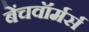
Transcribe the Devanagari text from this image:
बेंचवॉर्मर्स